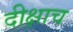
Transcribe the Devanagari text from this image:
दीक्षाच